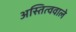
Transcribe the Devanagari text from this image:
अस्तित्ववाले